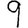
Digit: 9